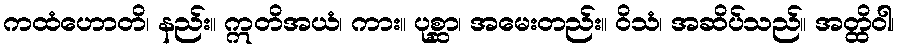
ကထံဟောတိ၊ နည်း။ ဣတိအယံ၊ ကား။ ပုစ္ဆာ၊ အမေးတည်း။ ဝိသံ၊ အဆိပ်သည်။ အတ္ထိဝါ၊